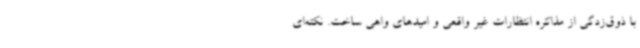
با ذوق‌زدگی از مذاکره انتظارات غیر واقعی و امیدهای واهی ساخت. نکته‌ای